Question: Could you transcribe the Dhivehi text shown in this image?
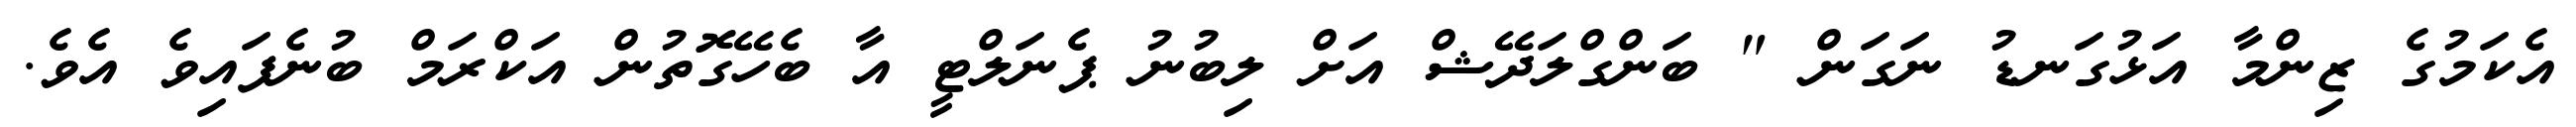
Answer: އެކަމުގެ ޒިންމާ އަޅުގަނޑު ނަގަން " ބަންގްލަދޭޝް އަށް ލިބުނު ޕެނަލްޓީ އާ ބެހޭގޮތުން އަކްރަމް ބުނެފައިވެ އެވެ.